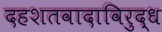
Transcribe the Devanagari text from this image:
दहशतवादाविरुद्ध